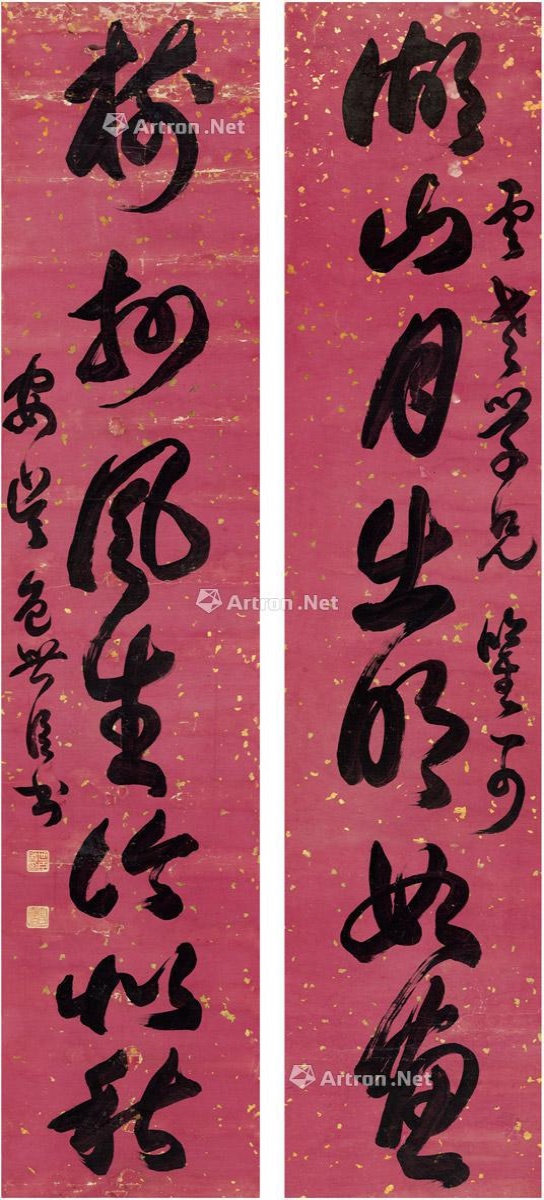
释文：湖山月出明如画，树杪风生冷似秋。云老学兄鉴可，安吴包世臣书。